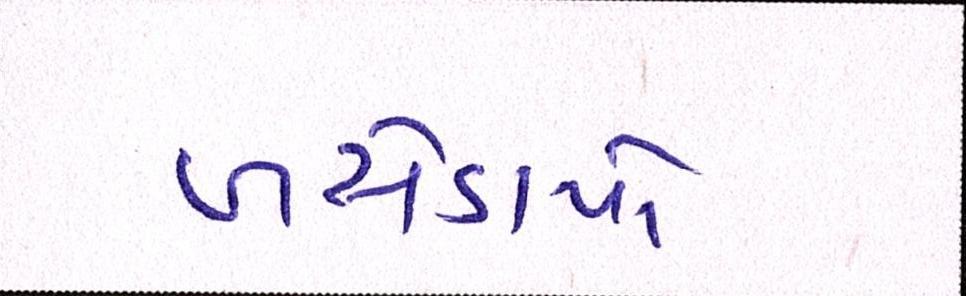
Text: ખસેડાયો